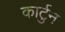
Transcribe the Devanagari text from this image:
कार्टुन